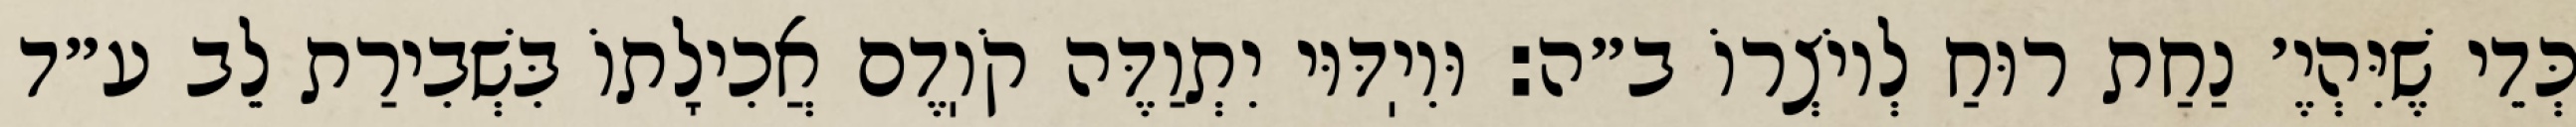
כְּדֵי שֶׁיִּהְיֶ׳ נַחַת רוּחַ לְיוֹצְרוֹ ב״ה: וּוִיֽדּוּי יִתְוַדֶּה קֹוֽדֶם אֲכִילָתוֹ בִּשְׁבִירַת לֵב ע״ד